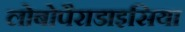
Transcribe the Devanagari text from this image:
लोबोपैराडाइसिया